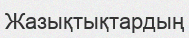
Жазықтықтардың